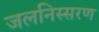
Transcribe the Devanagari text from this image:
जलनिस्सरण